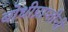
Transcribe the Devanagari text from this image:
बोधीप्राप्तीची